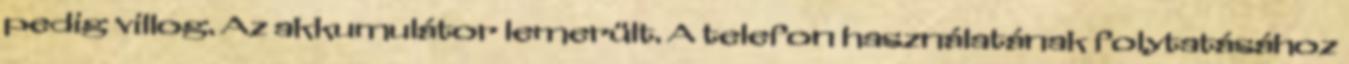
pedig villog. Az akkumulátor lemerült. A telefon használatának folytatásához